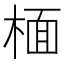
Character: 㮌